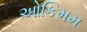
ઓકિમમ